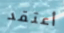
أعتقد